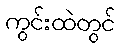
ကွင်းထဲတွင်